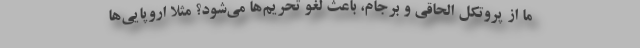
ما از پروتکل الحاقی و برجام، باعث لغو تحریم‌ها می‌شود؟ مثلا اروپایی‌ها